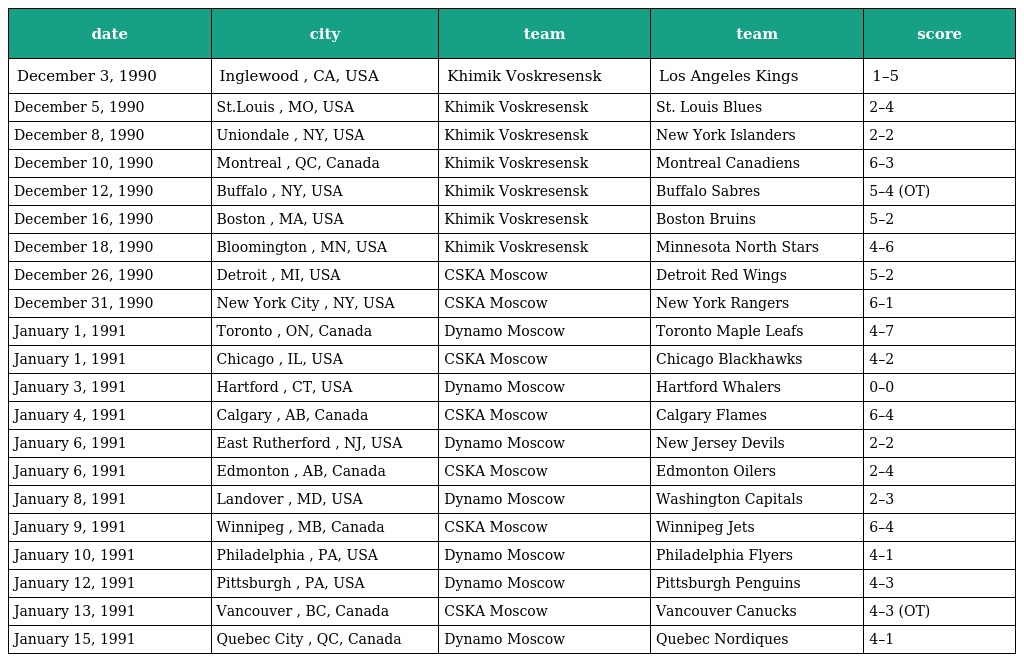
| date | city | team | team | score |
 | --- | --- | --- | --- | --- |
 | December 3, 1990 | Inglewood , CA, USA | Khimik Voskresensk | Los Angeles Kings | 1–5 |
 | December 5, 1990 | St.Louis , MO, USA | Khimik Voskresensk | St. Louis Blues | 2–4 |
 | December 8, 1990 | Uniondale , NY, USA | Khimik Voskresensk | New York Islanders | 2–2 |
 | December 10, 1990 | Montreal , QC, Canada | Khimik Voskresensk | Montreal Canadiens | 6–3 |
 | December 12, 1990 | Buffalo , NY, USA | Khimik Voskresensk | Buffalo Sabres | 5–4 (OT) |
 | December 16, 1990 | Boston , MA, USA | Khimik Voskresensk | Boston Bruins | 5–2 |
 | December 18, 1990 | Bloomington , MN, USA | Khimik Voskresensk | Minnesota North Stars | 4–6 |
 | December 26, 1990 | Detroit , MI, USA | CSKA Moscow | Detroit Red Wings | 5–2 |
 | December 31, 1990 | New York City , NY, USA | CSKA Moscow | New York Rangers | 6–1 |
 | January 1, 1991 | Toronto , ON, Canada | Dynamo Moscow | Toronto Maple Leafs | 4–7 |
 | January 1, 1991 | Chicago , IL, USA | CSKA Moscow | Chicago Blackhawks | 4–2 |
 | January 3, 1991 | Hartford , CT, USA | Dynamo Moscow | Hartford Whalers | 0–0 |
 | January 4, 1991 | Calgary , AB, Canada | CSKA Moscow | Calgary Flames | 6–4 |
 | January 6, 1991 | East Rutherford , NJ, USA | Dynamo Moscow | New Jersey Devils | 2–2 |
 | January 6, 1991 | Edmonton , AB, Canada | CSKA Moscow | Edmonton Oilers | 2–4 |
 | January 8, 1991 | Landover , MD, USA | Dynamo Moscow | Washington Capitals | 2–3 |
 | January 9, 1991 | Winnipeg , MB, Canada | CSKA Moscow | Winnipeg Jets | 6–4 |
 | January 10, 1991 | Philadelphia , PA, USA | Dynamo Moscow | Philadelphia Flyers | 4–1 |
 | January 12, 1991 | Pittsburgh , PA, USA | Dynamo Moscow | Pittsburgh Penguins | 4–3 |
 | January 13, 1991 | Vancouver , BC, Canada | CSKA Moscow | Vancouver Canucks | 4–3 (OT) |
 | January 15, 1991 | Quebec City , QC, Canada | Dynamo Moscow | Quebec Nordiques | 4–1 |